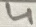
Text: 4